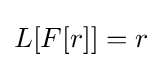
L[F[r]]=r